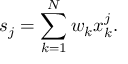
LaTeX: s _ { j } = \sum _ { k = 1 } ^ { N } w _ { k } x _ { k } ^ { j } .